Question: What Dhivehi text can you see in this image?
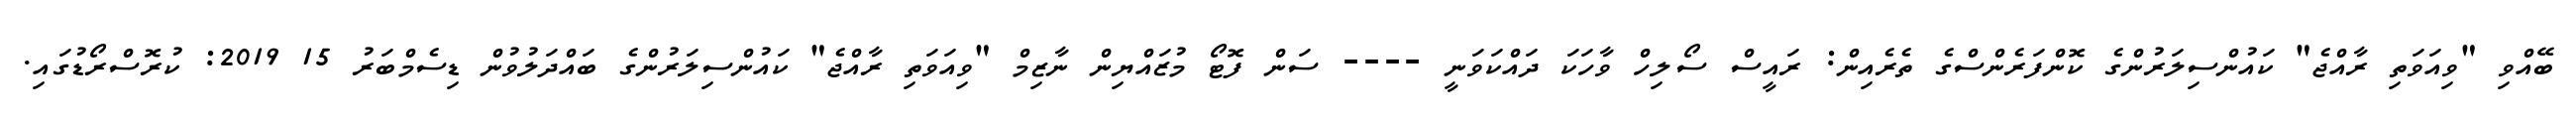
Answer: ބޭއްވި "ވިއަވަތި ރާއްޖެ" ކައުންސިލަރުންގެ ކޮންފަރެންސްގެ ތެރެއިން: ރައީސް ސޯލިހް ވާހަކަ ދައްކަވަނީ ---- ސަން ފޮޓޯ މުޒައްޔިން ނާޒިމް "ވިއަވަތި ރާއްޖެ" ކައުންސިލަރުންގެ ބައްދަލުވުން ޑިސެމްބަރު 15 2019: ކުރޮސްރޯޑުގައި.